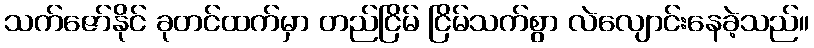
သက်ဇော်နိုင် ခုတင်ထက်မှာ တည်ငြိမ် ငြိမ်သက်စွာ လဲလျောင်းနေခဲ့သည်။